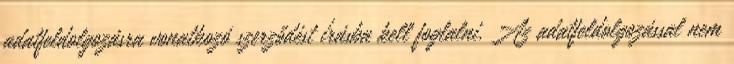
adatfeldolgozásra vonatkozó szerződést írásba kell foglalni. Az adatfeldolgozással nem